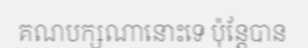
គណបក្សណានោះទេ ប៉ុន្តែបាន